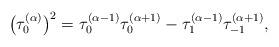
LaTeX: \begin{gather*}\big(\tau_{0}^{(\alpha)}\big)^2=\tau_{0}^{(\alpha-1)}\tau_{0}^{(\alpha+1)}-\tau_{1}^{(\alpha-1)}\tau_{-1}^{(\alpha+1)},\end{gather*}